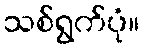
သစ်ရွက်ပုံ။